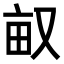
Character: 𠭇